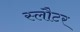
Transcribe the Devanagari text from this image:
स्लौटर